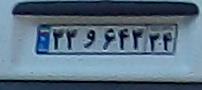
۳۳و۶۴۳۳۴